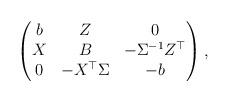
LaTeX: \begin{gather*}\begin{pmatrix} b & Z & 0 \\ X & B & -\Sigma^{-1} Z^{\top} \\ 0 & -X^{\top} \Sigma & -b\end{pmatrix} ,\end{gather*}